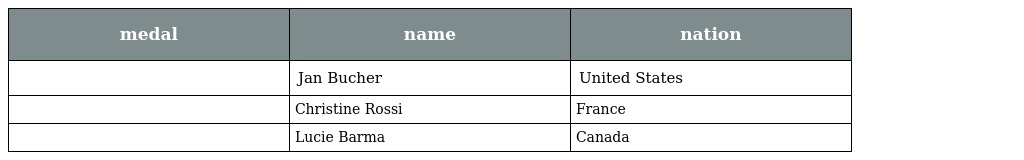
| medal | name | nation |
 | --- | --- | --- |
 |  | Jan Bucher | United States |
 |  | Christine Rossi | France |
 |  | Lucie Barma | Canada |